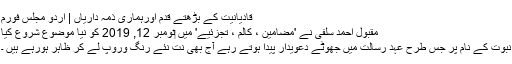
قادیانیت کے بڑھتے قدم اورہماری ذمہ داریاں | اردو مجلس فورم
مقبول احمد سلفی نے 'مضامين ، كالم ، تجزئیے' میں ‏نومبر 12, 2019 کو نیا موضوع شروع کیا
نبوت کے نام پر جس طرح عہد رسالت میں جھوٹے دعویدار پیدا ہوتے رہے آج بھی نت نئے رنگ وروپ لے کر ظاہر ہورہے ہیں ۔